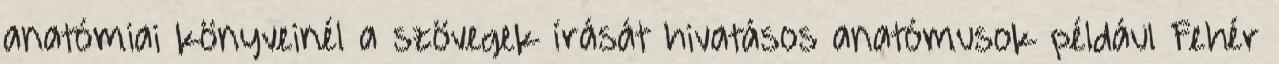
anatómiai könyveinél a szövegek írását hivatásos anatómusok például Fehér